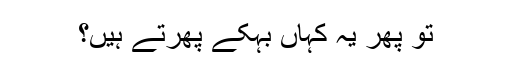
تو پھر یہ کہاں بہکے پھرتے ہیں؟